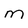
Character: m